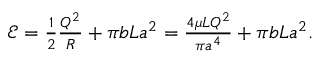
\begin{array} { r } { \mathcal { E } = \frac { 1 } { 2 } \frac { Q ^ { 2 } } { R } + \pi b L a ^ { 2 } = \frac { 4 \mu L Q ^ { 2 } } { \pi a ^ { 4 } } + \pi b L a ^ { 2 } . } \end{array}